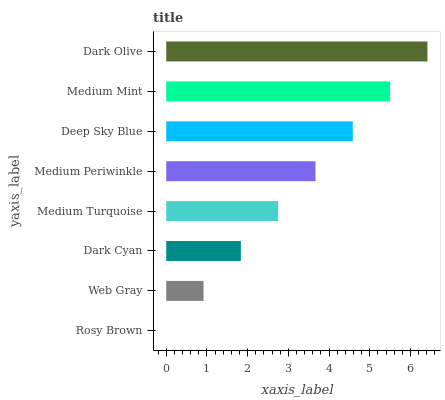
| yaxis_label | bars |
 | --- | --- |
 | Rosy Brown | 0 |
 | Web Gray | 0.917 |
 | Dark Cyan | 1.83 |
 | Medium Turquoise | 2.75 |
 | Medium Periwinkle | 3.67 |
 | Deep Sky Blue | 4.58 |
 | Medium Mint | 5.5 |
 | Dark Olive | 6.42 |